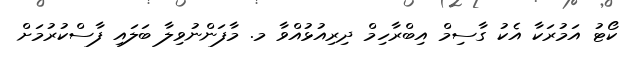
ކޯޓު އަމުރަކާ އެކު ގާސިމް އިބްރާހިމް ދިރިއުޅުއްވާ މ. މާފަންނުވިލާ ބަލައި ފާސްކުރުމަށް